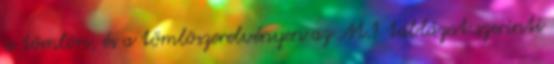
a tömlõn, és a tömlõszerelvényen az M.1 táblázat szerinti